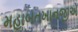
મહાબતખાનજીએ